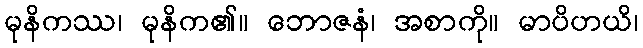
မုနိကဿ၊ မုနိက၏။ ဘောဇနံ၊ အစာကို။ မာပိဟယိ၊